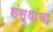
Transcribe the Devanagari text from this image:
संस्‍थांचा